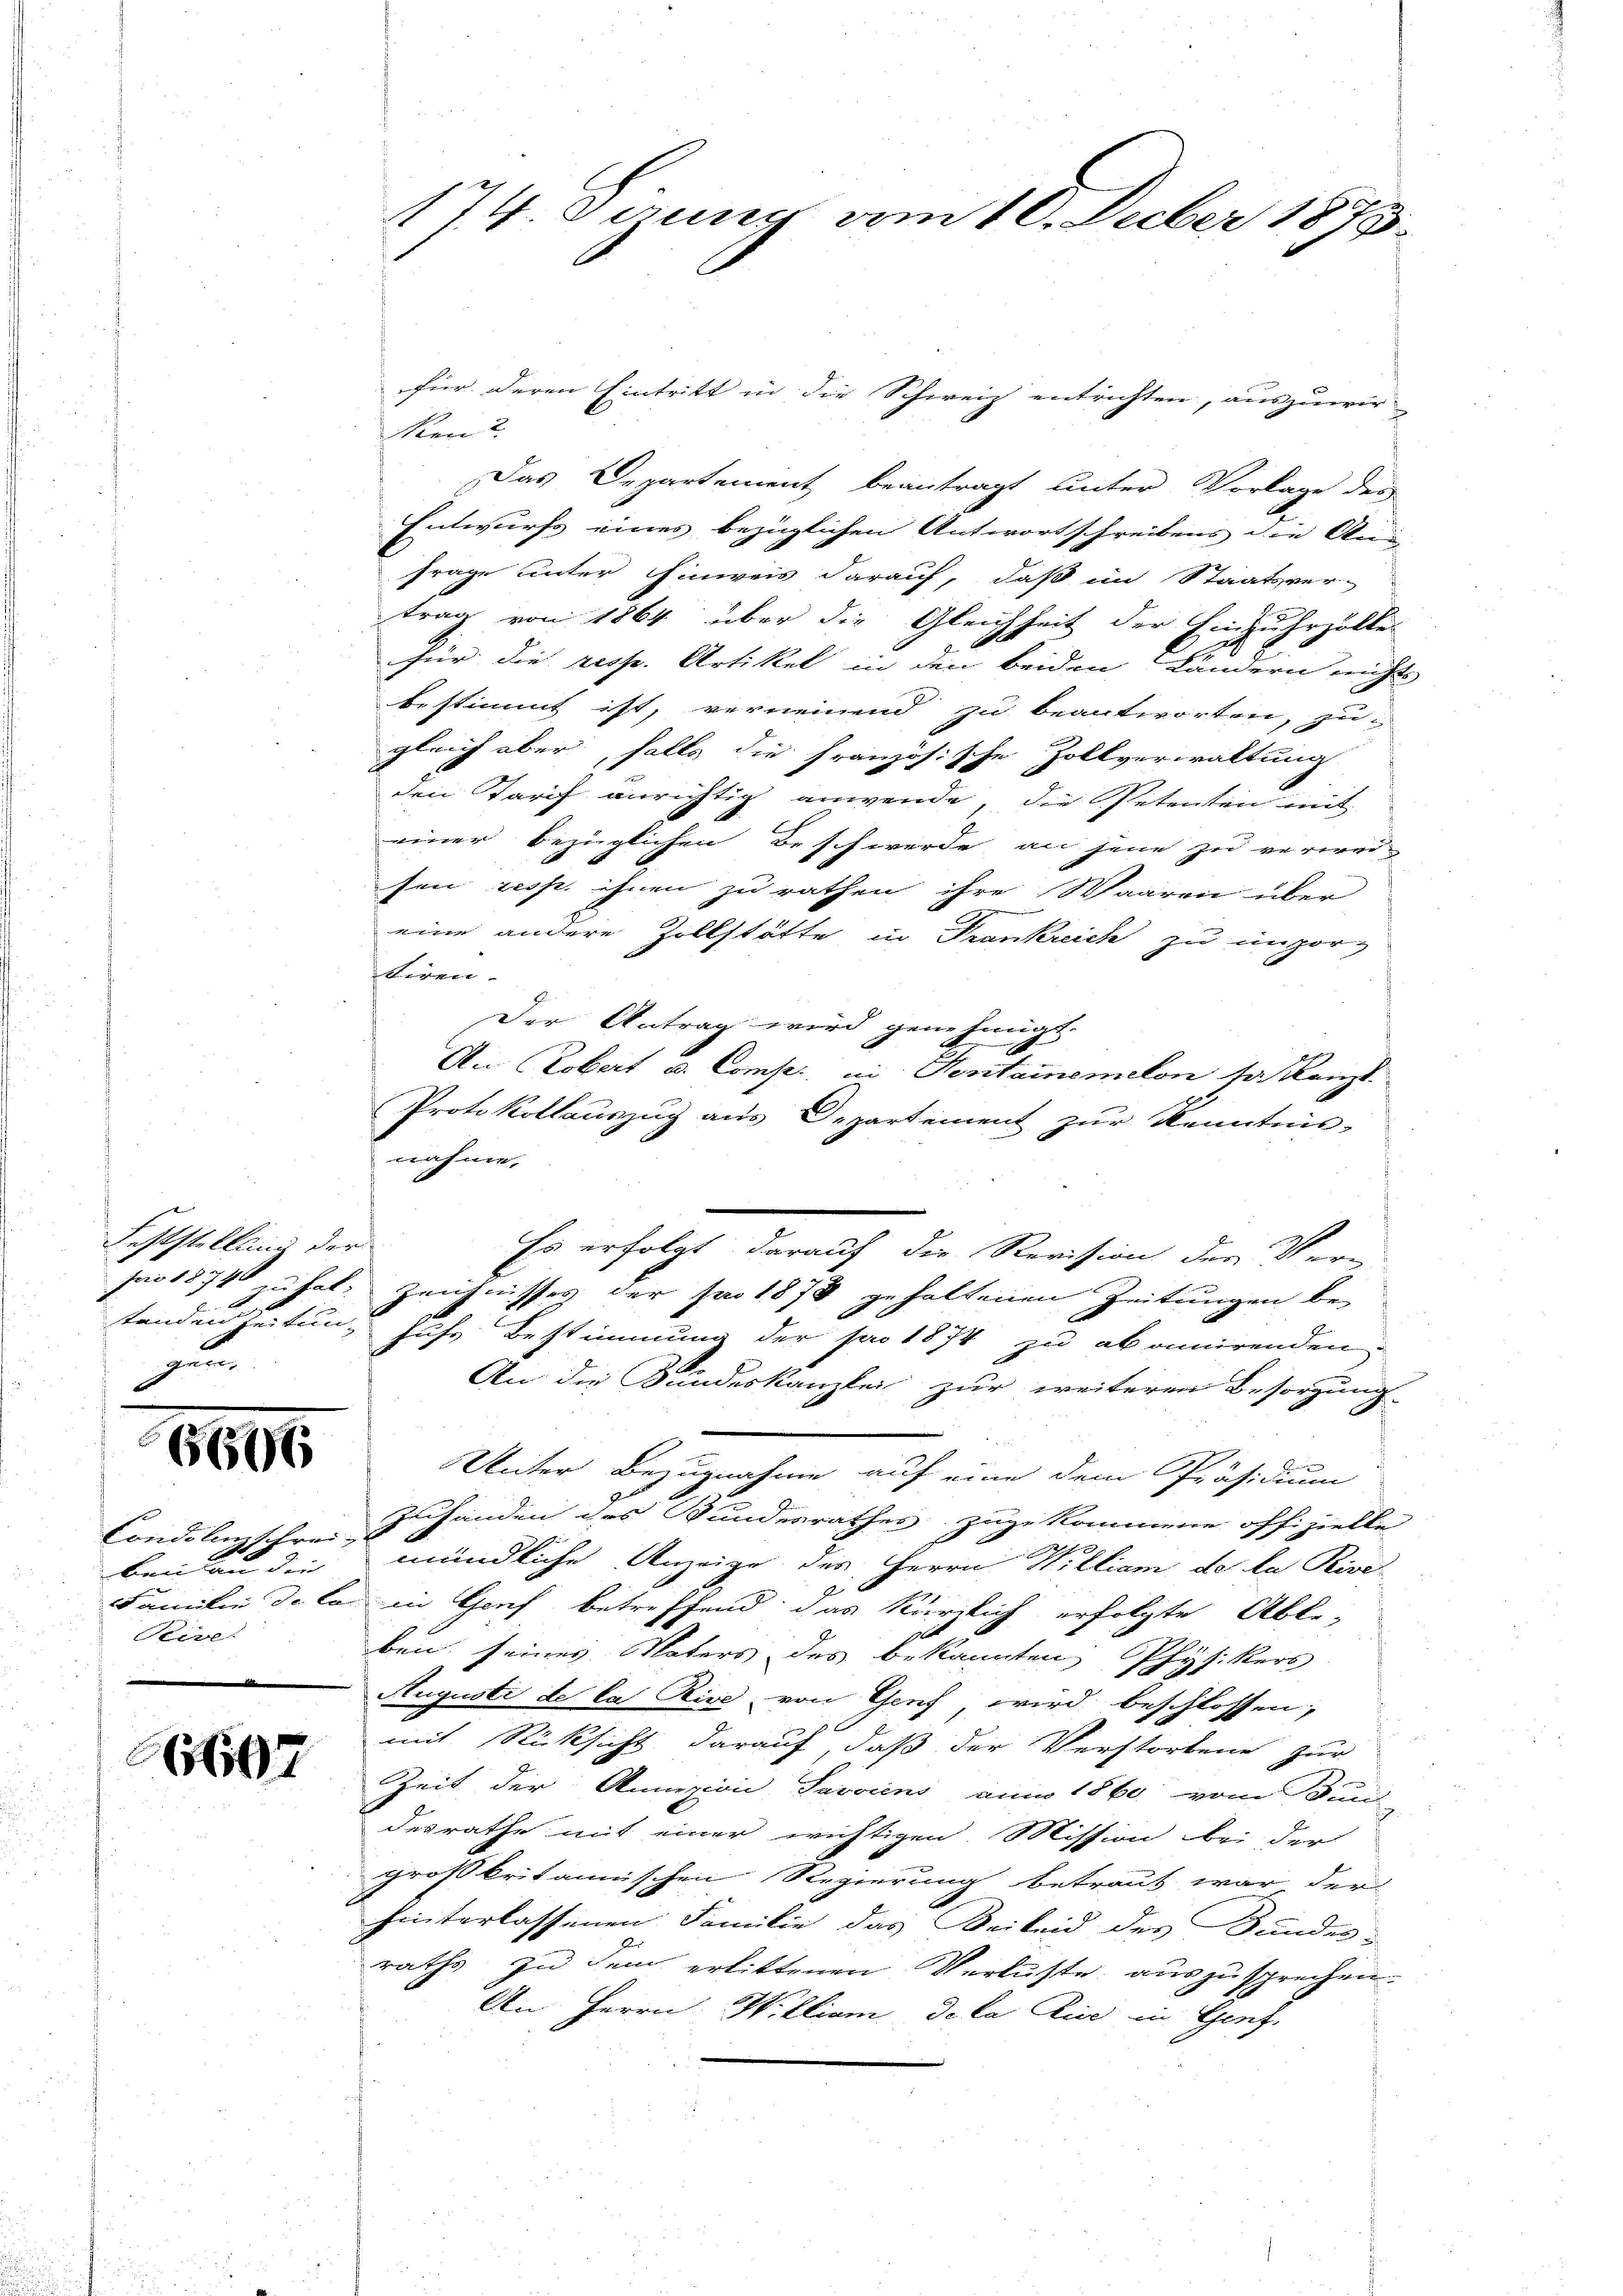
Feststellung der

standen Zeitung
t

6696

Condolenzschrei
ben an die |
Rive

607

174. Juny vom 10. Duber 1873.

für deren Eintritt in die Schweiz entrichten, auszuwir
ken?
Das Departement beantragt unter Vorlage des
Entwurfs eines bezüglichen Antwortschreibens die Ani
Frage unter Einweis darauf, daß im Staatsver-
trag von 1864 über die Gleichheit der Einzuhrzöller
für die resp. Artikel in den beiden Ländern nichts
bestimmt ist, verneinend zu beantworten, zu
gleich aber, falls die französische Zollverwaltung
den Tarif anrichtig anwende, die Petenten mit
einer bezüglichen Beschwerde an jene zu verwei-
sen resp. ihnen zu rathen ihre Waaren über
eine andere Zollstätte in Frankreich zu imporg
tiren.
Der Antrag wird genehmigt.
An Robert u. Comp. in Rentainemeton sa kanzl
Protokollauszug aus Departement zur Kenntnis-
nahme.
Es erfolgt darauf die Revision der Ver-
jao 1874 zu hat. Zeichnisses der pro 1878 gehaltenen Zeitungen be-
hufs Bestimmung der pro 1874 zu abonnirenden,
An die Bundeskanzlei zur weiteren Besorgung
Unter Bezugnahme auf eine dem Präsidium
Zuhanden des Bundesrathes zugekommene offizielle
.
mündliche Anzeige des Herrn William de la Rive
Familie de la in Genf betreffend das kürzlich erfolgte Able¬

ben seines Vaters des bekannten, Physikers
Augusti de la Rise von Genf, wird beschlossen,
mit Rücksicht darauf, daß der Verstorbene zur
Zeit der Annizion, Tarvins, um 1860 vom Bund
desrathe mit einer wichtigen Mission bei der
großbritannischen Regierung betraut war der
hinterlassenen Familie das Beileid des Bundes-
raths zu dem erlittenen Verluste auszusprechen.
An Herrn William de la dice in Genf.